Vaccination report Assam 1874-1896 - 1874-1896
Year: 1874
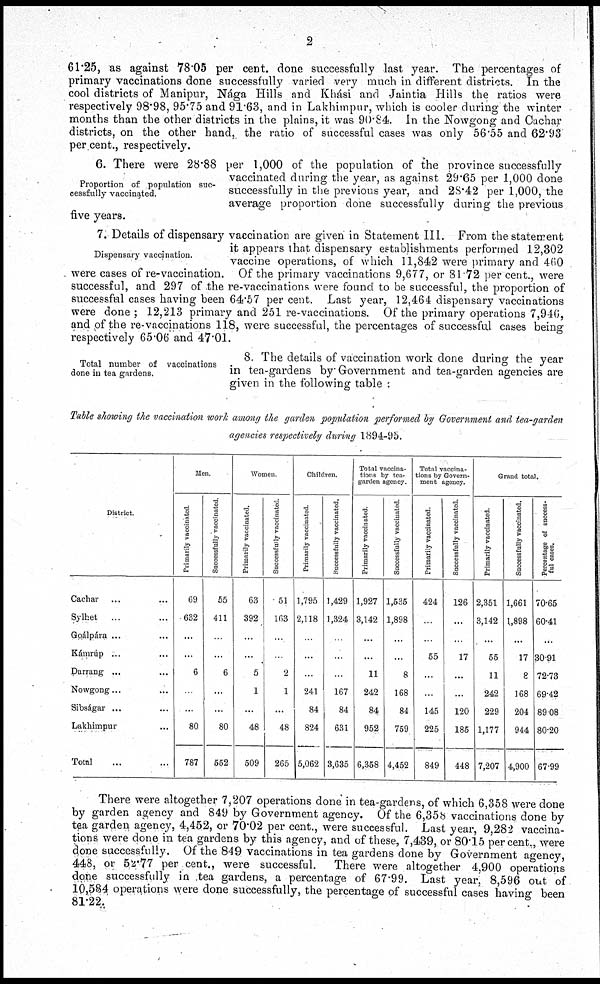
2
61.25, as against 78.05 per cent. done successfully last year. The percentages of
primary vaccinations done successfully varied very much in different districts. In the
cool districts of Manipur, Nága Hills and Khási and Jaintia Hills the ratios were
respectively 98.98, 95.75 and 91.63, and in Lakhimpur, which is cooler during the winter
months than the other districts in the plains, it was 90.84. In the Nowgong and Cachar
districts, on the other hand, the ratio of successful cases was only 56.55 and 62.93
per cent., respectively.
Proportion of population suc-
cessfully vaccinated.
6. There were 28.88 per 1,000 of the population of the province successfully
vaccinated during the year, as against 29.65 per 1,000 done
successfully in the previous year, and 28.42 per 1,000, the
average proportion done successfully during the previous
five years.
Dispensary vaccination.
7. Details of dispensary vaccination are given in Statement III. From the statement
it appears that dispensary establishments performed 12,302
vaccine operations, of which 11,842 were primary and 460
were cases of re-vaccination. Of the primary vaccinations 9,677, or 81 72 per cent., were
successful, and 297 of the re-vaccinations were found to be successful, the proportion of
successful cases having been 64.57 per cent. Last year, 12,464 dispensary vaccinations
were done ; 12,213 primary and 251 re-vaccinations. Of the primary operations 7,946,
and of the re-vaccinations 118, were successful, the percentages of successful cases being
respectively 65.06 and 47.01.
Total number of vaccinations
done in tea gardens.
8. The details of vaccination work done during the year
in tea-gardens by Government and tea-garden agencies are
given in the following table :
Table showing the vaccination work among the garden population performed by Government and tea-garden
agencies respectively during 1894-95.
District
Cachar ... ...
Sylhet ... ...
Goálpára ... ...
Kámrúp ... ...
Darrang ... ...
Nowgong... ...
Sibságar ... ...
Lakhimpur ...
Total ... ...
Men.
Primarily vaccinated
69
632
...
...
6
...
...
80
787
Successfully vaccinated
55
411
...
...
6
...
...
80
552
Women
Primarily vaccinated.
63
392
...
...
5
1
...
48
509
Successfully vaccinated
51
163
...
...
2
1
...
48
265
Children.
Primarily vaccinated
1,795
2,118
...
...
...
241
84
824
5,062
Successfully vaccinated.
1,429
1,324
...
...
...
167
84
631
3,635
Total vaccina-
tions by tea-
garden agency.
Primarily vaccinated.
1,927
3,142
...
...
11
242
84
952
6,358
Successfully vaccinated
1,535
1,898
...
...
8
168
84
759
4,452
Total vaccina-
tions by Govern-
ment agency.
Primarily vaccinated
424
...
...
55
...
...
145
225
849
Successfully vaccinated.
126
...
...
17
...
...
120
185
448
Grand total.
Primarily vaccinated
2,351
3,142
...
55
11
242
229
1,177
7,207
Successfully vaccinated.
1,661
1,898
...
17
8
168
204
944
4,900
Percentage of success-
ful cases.
70.65
60.41
...
30.91
72.73
69.42
89.08
80.20
67.99
There were altogether 7,207 operations done in tea-gardens, of which 6,358 were done
by garden agency and 849 by Government agency. Of the 6,358 vaccinations done by
tea garden agency, 4,452, or 70.02 per cent., were successful. Last year, 9,282 vaccina-
tions were done in tea gardens by this agency, and of these, 7,439, or 80.15 percent., were
done successfully. Of the 849 vaccinations in tea gardens done by Government agency,
448, or 52.77 per cent., were successful. There were altogether 4,900 operations
done successfully in tea gardens, a percentage of 67.99. Last year, 8,596 out of
10,684 operations were done successfully, the percentage of successful cases having been
81.22.